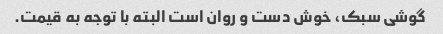
گوشی سبک، خوش دست و روان است البته با توجه به قیمت.